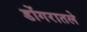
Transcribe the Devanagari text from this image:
डोंगरातले